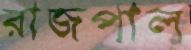
রাজপাল